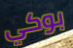
بوكي